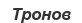
Тронов